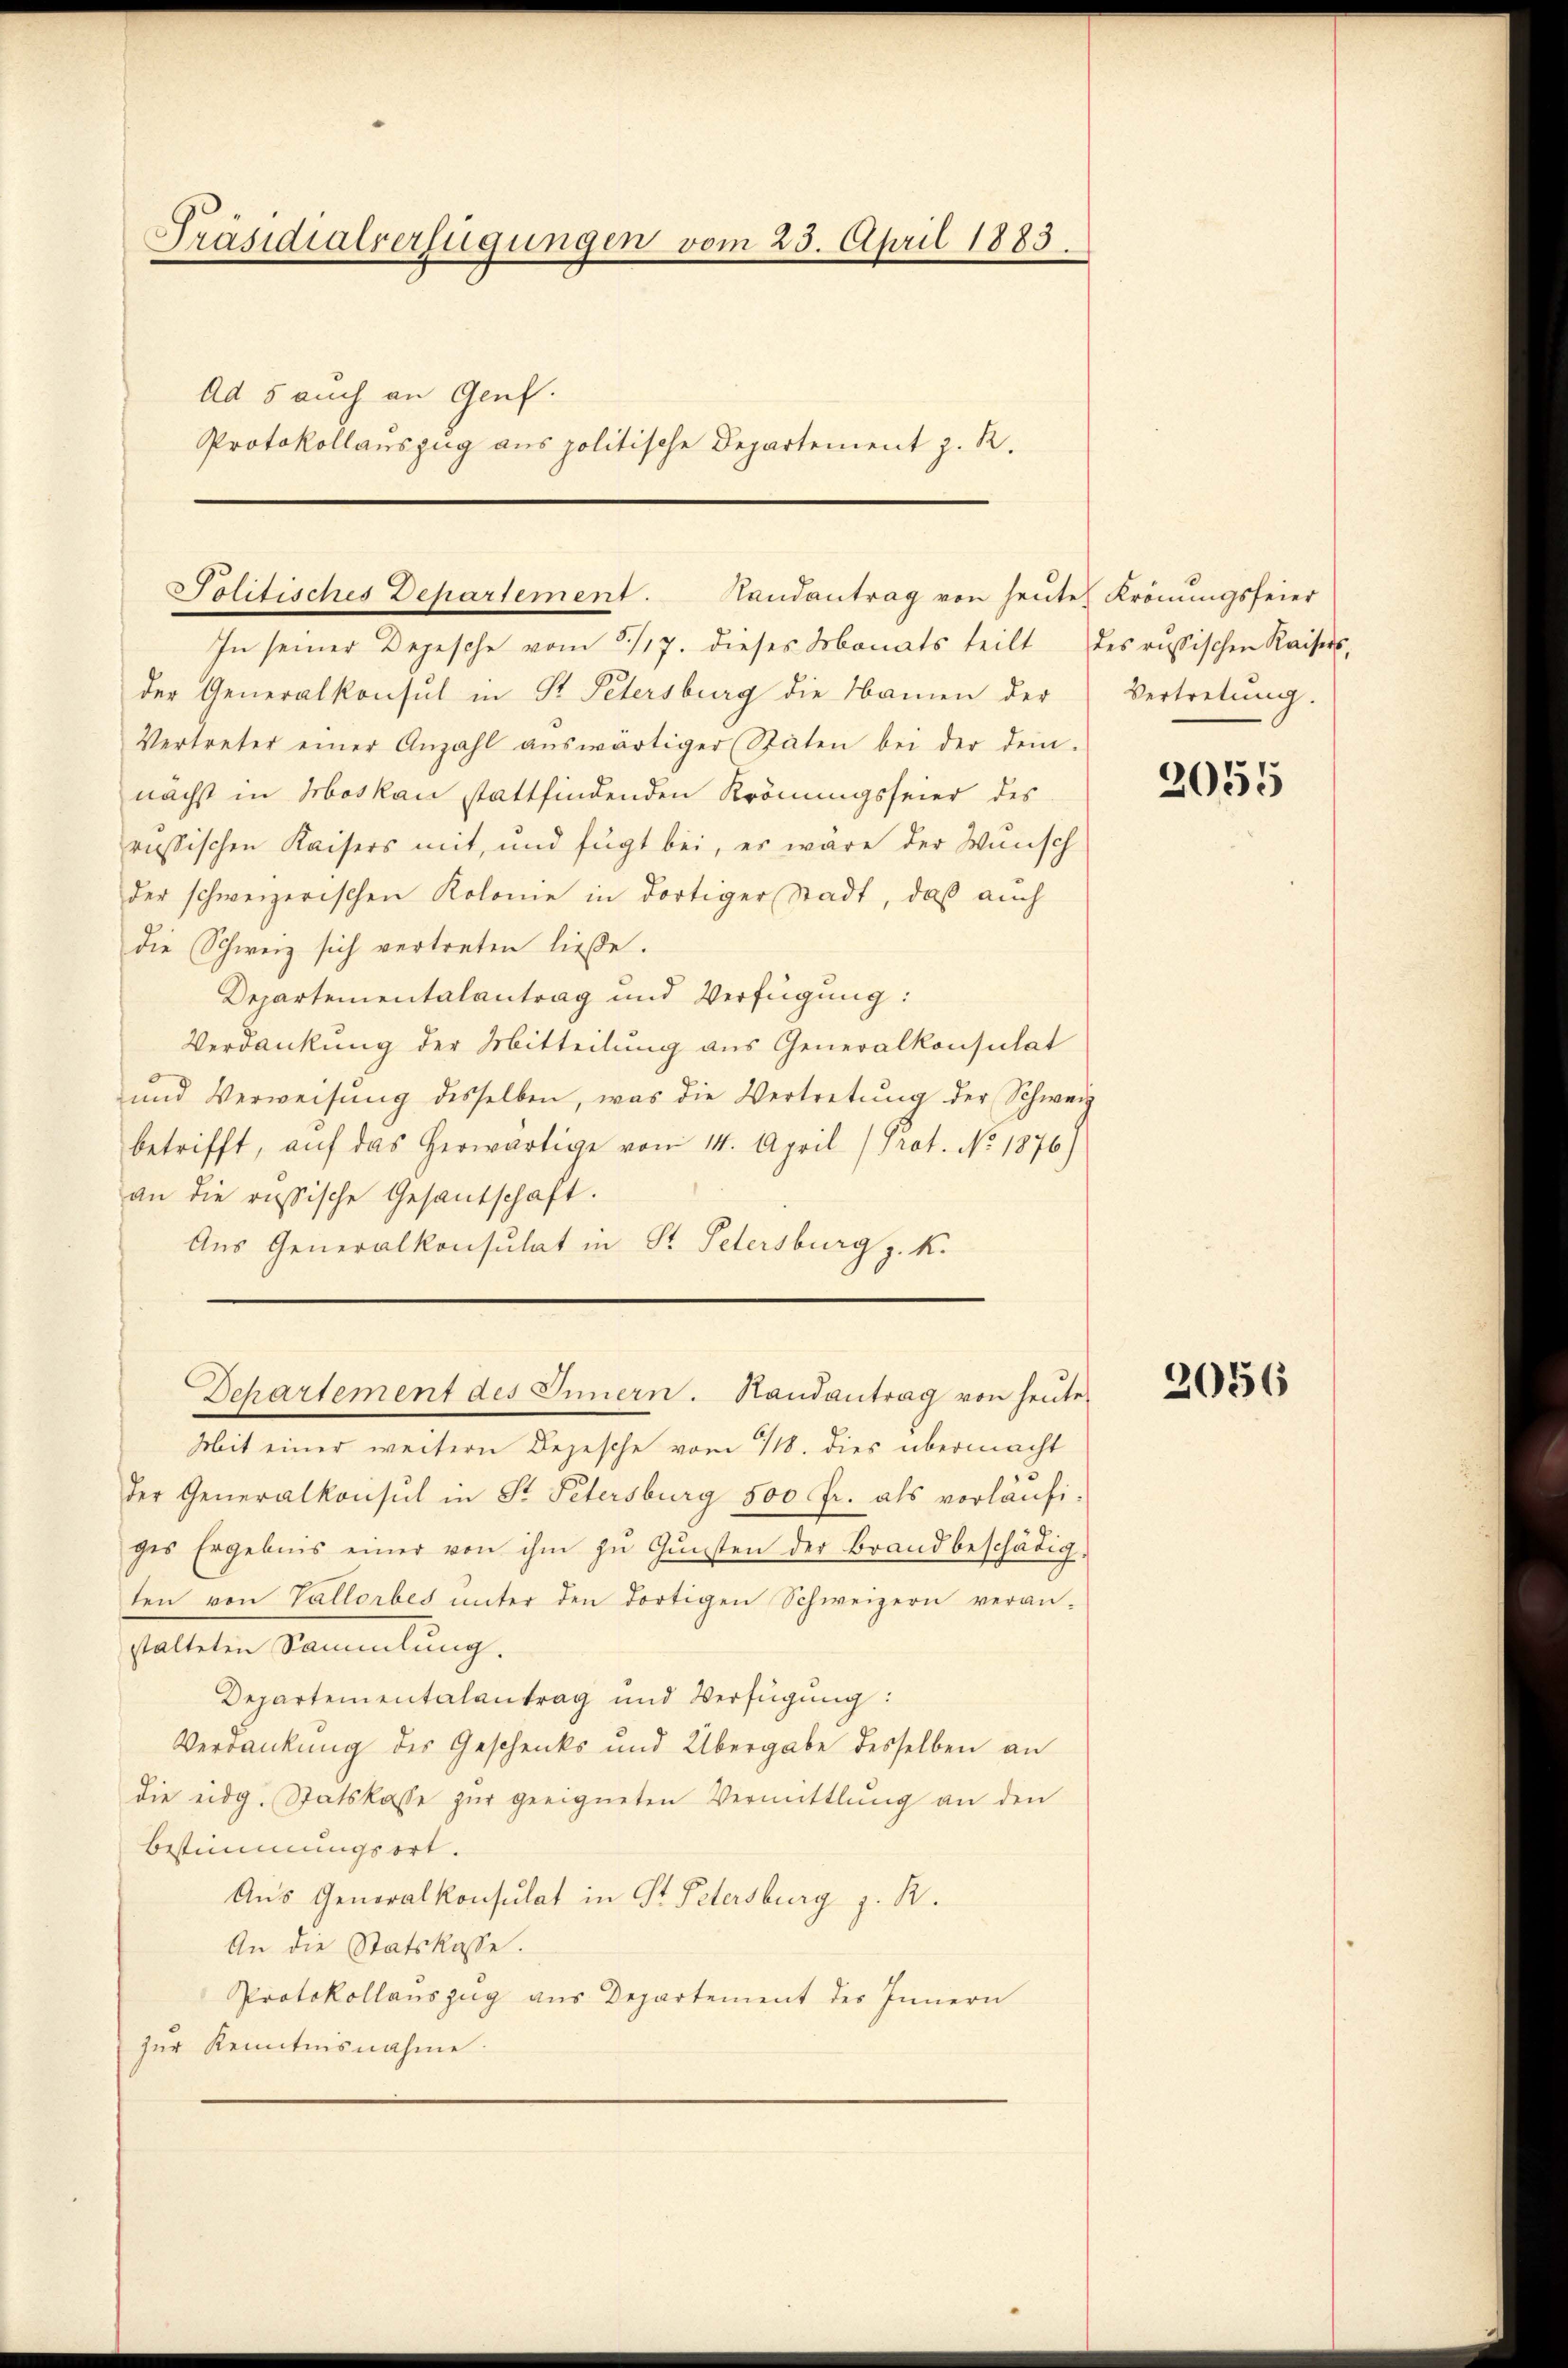
Präsidialverfügungen vom 25. April 1883.
Ad 5 auch an Genf.
Protokollauszug aus politische Departement z. R.

Solitisches Departement. Handantrag von heŭte Krönungsfeier

In seiner Depesche vom 3/17. dieses Monats teilt
der Generalkonsul in Dr. Petersburg die Namen der
Vertreter einer Anzahl aŭswärtiger (Stäten bei der dem-
nächst in Moskau stattfindenden Krönungsfeier des
russischen Kaisers mit, und fügt bei, es wäre der Wunsch
der schweizerischen Kolonie in dortiger Stadt, daß auch
die Schweiz sich vertreten ließe.
Departementalantrag und Verfügung:
Verdankung der Mitteilung aus Generalkonsulat
und Verweisŭng desselben, was die Vertretŭng der Schweiz
betrifft, auf das herwärtige von 14. April (Prot. No. 1876)
an die russische Gesantschaft.
Aus Generalkonsulat in St. Petersburg z. K.
Mit einer weitern Bejesche vom 18. dies übermacht
der Generalkonsul in St. Petersburg 500 fr. als vorläufiges Ergebnis einer von ihm zŭ Gŭnsten der Brandbeschädig-
ten von Vallorbes ŭnter den dortigen Schweizern veran-
stalteten Sammlung.
Departementalantrag und Verfügung:
Verdankung des Geschenks und Übergabe desselben an
die eidg. Statskasse zur geeigneten Vermittlung an den
Bestimmungsort.
Aus Generalkonsulat in St. Petersburg z. R.
An die Statskasse.
Protokollaŭszŭg aŭs Departement des Innern
zŭr Kenntnisnahme.

Departement des Innern. Randantrag von heute

des russischen Kaisers,
Vertretung.

2055

2056